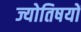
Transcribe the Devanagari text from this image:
ज्योतिषयों